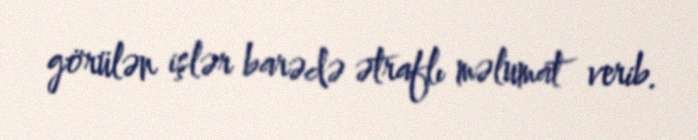
görülən işlər barədə ətraflı məlumat verib.